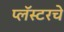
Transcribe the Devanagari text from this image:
प्लॅस्टरचे